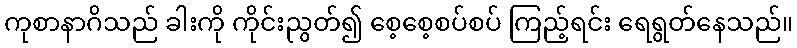
ကုစာနာဂိသည် ခါးကို ကိုင်းညွတ်၍ စေ့စေ့စပ်စပ် ကြည့်ရင်း ရေရွတ်နေသည်။